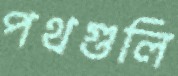
পথগুলি